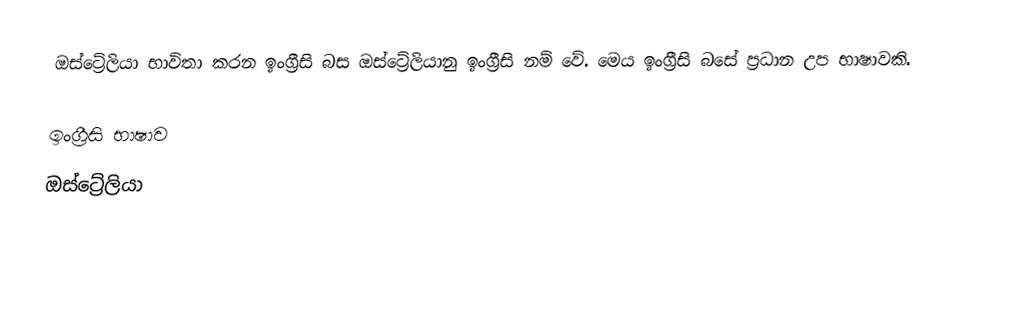
ඔස්ට්‍රේලියා භාවිතා කරන ඉංග්‍රීසි බස ඔස්ට්‍රේලියානු ඉංග්‍රීසි නම් වේ. මෙය ඉංග්‍රීසි බසේ ප්‍රධාන උප භාෂාවකි.

ඉංග්‍රීසි භාෂාව
ඔස්ට්‍රේලියා